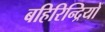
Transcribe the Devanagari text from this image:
बहिरिन्द्रियों